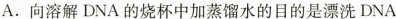
A.向溶解DNA的烧杯中加蒸馏水的目的是漂洗DNA